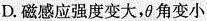
D. 磁感应强度变大，θ角变小